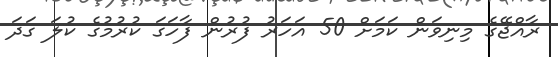
ރާއްޖޭގެ މިނިވަން ކަމަށް 50 އަހަރު ފުރުން ފާހަގަ ކުރުމުގެ ކުލަ ގަދަ